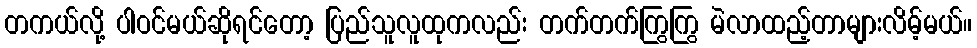
တကယ်လို့ ပါဝင်မယ်ဆိုရင်တော့ ပြည်သူလူထုကလည်း တက်တက်ကြွကြွ မဲလာထည့်တာများလိမ့်မယ်။